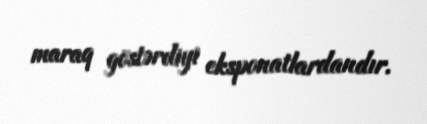
maraq göstərdiyi eksponatlardandır.